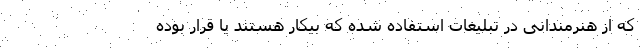
که از هنرمندانی در تبلیغات استفاده شده که بیکار هستند یا قرار بوده